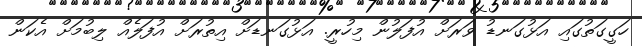
ހަގީގަތުގައި އަޅުގަނޑު ވަރަށް އުފަލުން މިހުރީ. އަޅުގަނޑަށް އިތުރަށް އުފަލެއް ލިބުމަށް އެކަން